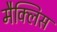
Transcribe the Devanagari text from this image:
मैक्लिस